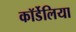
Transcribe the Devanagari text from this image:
कॉर्डेलिया